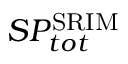
S P _ { t o t } ^ { \mathrm { S R I M } }